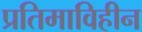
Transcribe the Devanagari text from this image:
प्रतिमाविहीन